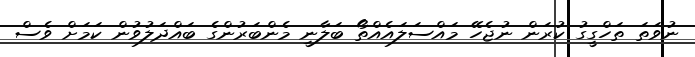
ނުވަތަ ތަހްގީގު ކުރަން ނުޖެހޭ މައްސަލައެއްތޯ ބަލާނީ މެންބަރުންގެ ބައްދަލުވުން ކަމަށް ވެސް